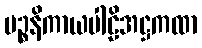
ပဉ္စနိကာယပါဠိအဋ္ဌကထာ